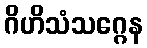
ဂိဟိသံသဂ္ဂေန